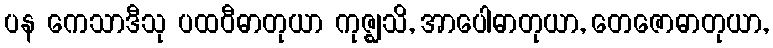
ပန ကေသာဒီသု ပထဝီဓာတုယာ ကုဇ္ဈသိ, အာပေါဓာတုယာ, တေဇောဓာတုယာ,